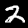
Digit: 2